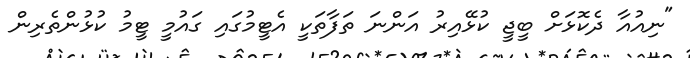
"ނިއުއާ ދެކޮޅަށް ބީޖީ ކުޅޭއިރު އަންނަ ތަފާތަކީ އެޓީމުގައި ގައުމީ ޓީމު ކުޅުންތެރިން